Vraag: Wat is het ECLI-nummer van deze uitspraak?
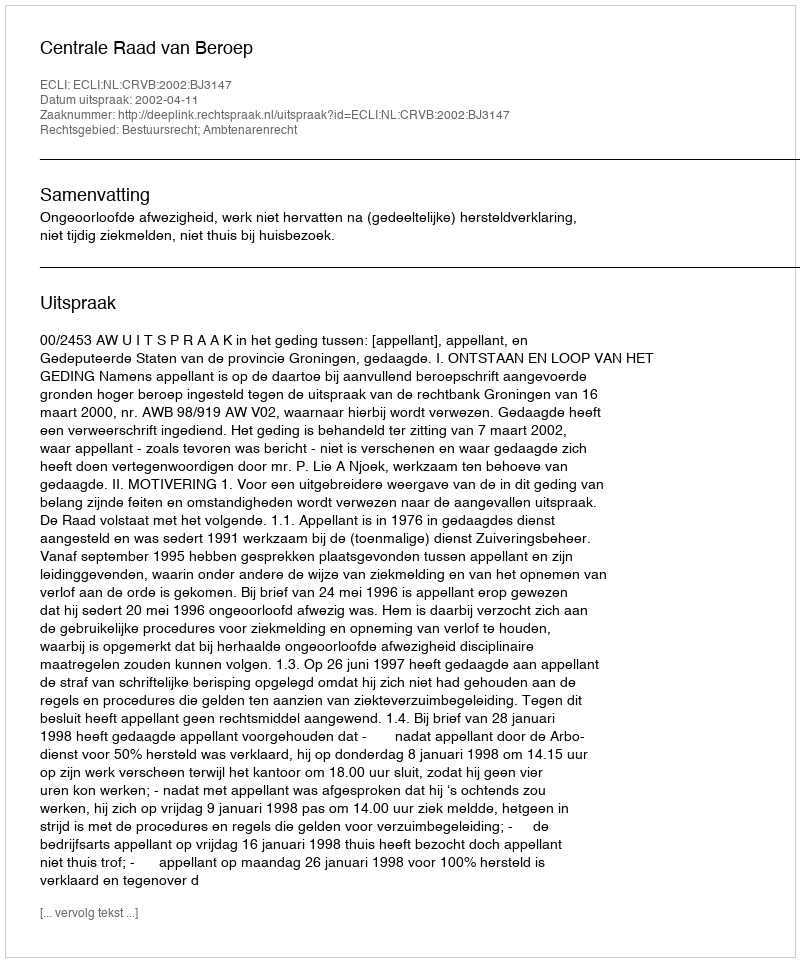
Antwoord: ECLI:NL:CRVB:2002:BJ3147